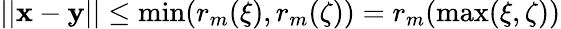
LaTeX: ||\mathbf x-\mathbf y||\leq\operatorname*{min}(r_{m}(\xi),r_{m}(\zeta))=r_{m}(\operatorname*{max}(\xi,\zeta))